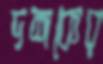
দশকের